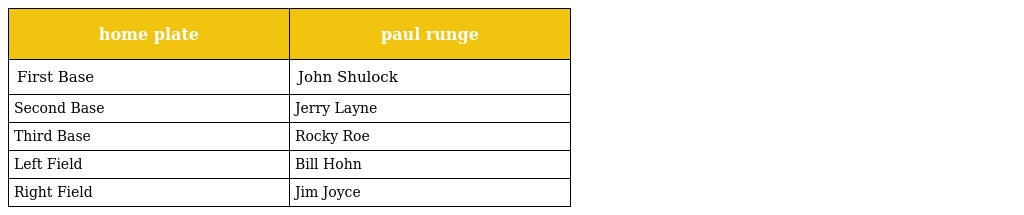
| home plate | paul runge |
 | --- | --- |
 | First Base | John Shulock |
 | Second Base | Jerry Layne |
 | Third Base | Rocky Roe |
 | Left Field | Bill Hohn |
 | Right Field | Jim Joyce |